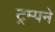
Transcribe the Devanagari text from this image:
ट्रम्पने